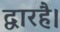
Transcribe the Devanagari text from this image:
द्वारहै।